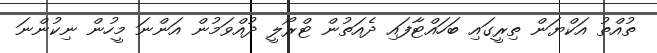
ތުއްތު އަކްޔަން ތިރީގައި ބަހައްޓާފައި ދެއަތުން ޓްރޯލީ ދުއްވަމުން އަންނަ މީހުން ނިކުންނަ